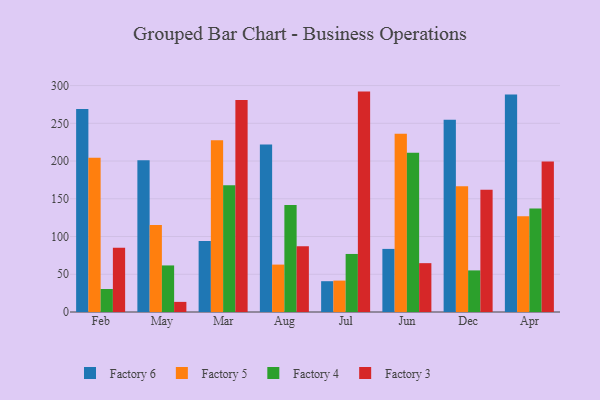
{"axis": {"x": "Month", "y": "Churn Rate (%)"}, "legend": ["Factory 3", "Factory 4", "Factory 5", "Factory 6"], "data": [{"x": "Feb", "y": 269.1, "type": "Factory 6"}, {"x": "Feb", "y": 204.3, "type": "Factory 5"}, {"x": "Feb", "y": 30.5, "type": "Factory 4"}, {"x": "Feb", "y": 85.2, "type": "Factory 3"}, {"x": "May", "y": 200.9, "type": "Factory 6"}, {"x": "May", "y": 115.1, "type": "Factory 5"}, {"x": "May", "y": 61.7, "type": "Factory 4"}, {"x": "May", "y": 13.4, "type": "Factory 3"}, {"x": "Mar", "y": 93.9, "type": "Factory 6"}, {"x": "Mar", "y": 227.5, "type": "Factory 5"}, {"x": "Mar", "y": 167.9, "type": "Factory 4"}, {"x": "Mar", "y": 280.9, "type": "Factory 3"}, {"x": "Aug", "y": 222.0, "type": "Factory 6"}, {"x": "Aug", "y": 62.8, "type": "Factory 5"}, {"x": "Aug", "y": 141.8, "type": "Factory 4"}, {"x": "Aug", "y": 87.1, "type": "Factory 3"}, {"x": "Jul", "y": 40.8, "type": "Factory 6"}, {"x": "Jul", "y": 41.6, "type": "Factory 5"}, {"x": "Jul", "y": 76.9, "type": "Factory 4"}, {"x": "Jul", "y": 292.0, "type": "Factory 3"}, {"x": "Jun", "y": 83.6, "type": "Factory 6"}, {"x": "Jun", "y": 236.2, "type": "Factory 5"}, {"x": "Jun", "y": 210.9, "type": "Factory 4"}, {"x": "Jun", "y": 64.7, "type": "Factory 3"}, {"x": "Dec", "y": 254.8, "type": "Factory 6"}, {"x": "Dec", "y": 166.6, "type": "Factory 5"}, {"x": "Dec", "y": 55.1, "type": "Factory 4"}, {"x": "Dec", "y": 162.0, "type": "Factory 3"}, {"x": "Apr", "y": 288.0, "type": "Factory 6"}, {"x": "Apr", "y": 126.7, "type": "Factory 5"}, {"x": "Apr", "y": 137.1, "type": "Factory 4"}, {"x": "Apr", "y": 199.3, "type": "Factory 3"}]}